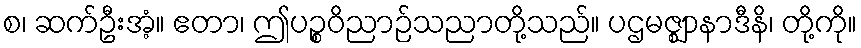
စ၊ ဆက်ဦးအံ့။ ဧတာ၊ ဤပဉ္စဝိညာဉ်သညာတို့သည်။ ပဌမဇ္ဈာနာဒီနိ၊ တို့ကို။